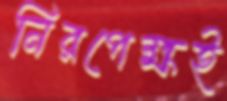
নিরপেক্ষই